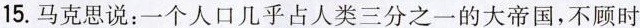
15.马克思说：一个人口几乎占人类三分之一的大帝国，不顾时